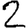
Digit: 2